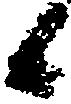
候